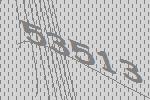
53513